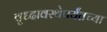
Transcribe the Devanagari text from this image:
वृध्दावस्थेपर्यंतच्या